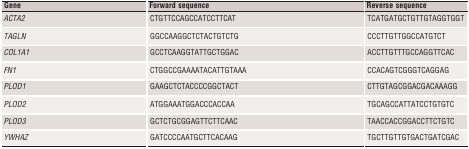
<table><thead><tr><td><b>Gene</b></td><td><b>Forward sequence</b></td><td><b>Reverse sequence</b></td></tr></thead><tbody><tr><td><i>ACTA2</i></td><td>CTGTTCCAGCCATCCTTCAT</td><td>TCATGATGCTGTTGTAGGTGGT</td></tr><tr><td><i>TAGLN</i></td><td>GGCCAAGGCTCTACTGTCTG</td><td>CCCTTGTTGGCCATGTCT</td></tr><tr><td><i>COL1A1</i></td><td>GCCTCAAGGTATTGCTGGAC</td><td>ACCTTGTTTGCCAGGTTCAC</td></tr><tr><td><i>FN1</i></td><td>CTGGCCGAAAATACATTGTAAA</td><td>CCACAGTCGGGTCAGGAG</td></tr><tr><td><i>PLOD1</i></td><td>GAAGCTCTACCCCGGCTACT</td><td>CTTGTAGCGGACGACAAAGG</td></tr><tr><td><i>PLOD2</i></td><td>ATGGAAATGGACCCACCAA</td><td>TGCAGCCATTATCCTGTGTC</td></tr><tr><td><i>PLOD3</i></td><td>GCTCTGCGGAGTTCTTCAAC</td><td>TAACCACCGGACCTTCTGTC</td></tr><tr><td><i>YWHAZ</i></td><td>GATCCCCAATGCTTCACAAG</td><td>TGCTTGTTGTGACTGATCGAC</td></tr></tbody></table>